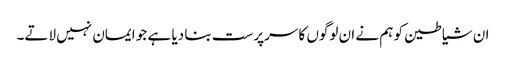
ان شیاطین کو ہم نے ان لوگوں کا سرپرست بنا دیا ہے جو ایمان نہیں لاتے۔